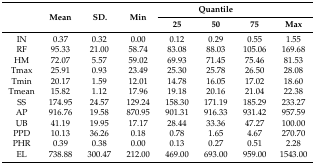
| <ROWSPAN=2>  | <ROWSPAN=2> Mean | <ROWSPAN=2> SD. | <ROWSPAN=2> Min | <COLSPAN=3> Quantile |  |
 | 25 | 50 | 75 | Max |
 | --- | --- | --- | --- | --- | --- | --- | --- |
 | IN | 0.37 | 0.32 | 0.00 | 0.12 | 0.29 | 0.55 | 1.55 |
 | RF | 95.33 | 21.00 | 58.74 | 83.08 | 88.03 | 105.06 | 169.68 |
 | HM | 72.07 | 5.57 | 59.02 | 69.93 | 71.45 | 75.46 | 81.53 |
 | Tmax | 25.91 | 0.93 | 23.49 | 25.30 | 25.78 | 26.50 | 28.08 |
 | Tmin | 20.17 | 1.59 | 12.01 | 14.78 | 16.05 | 17.02 | 18.60 |
 | Tmean | 15.82 | 1.12 | 17.96 | 19.18 | 20.16 | 21.04 | 22.38 |
 | SS | 174.95 | 24.57 | 129.24 | 158.30 | 171.19 | 185.29 | 233.27 |
 | AP | 916.76 | 19.58 | 870.95 | 901.31 | 916.33 | 931.42 | 957.59 |
 | UB | 41.19 | 19.95 | 17.17 | 28.44 | 33.36 | 47.27 | 100.00 |
 | PPD | 10.13 | 36.26 | 0.18 | 0.78 | 1.65 | 4.67 | 270.70 |
 | PHR | 0.39 | 0.38 | 0.00 | 0.13 | 0.27 | 0.51 | 2.28 |
 | EL | 738.88 | 300.47 | 212.00 | 469.00 | 693.00 | 959.00 | 1543.00 |